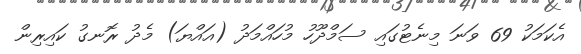
އެކަމަކު 69 ވަނަ މިނެޓުގައި ސަމްދޫހު މުހައްމަދު (އައްޔަ) މެދު ރޮނގު ކައިރިން